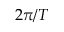
2 \pi / T